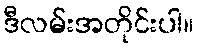
ဒီလမ်းအတိုင်းပါ။